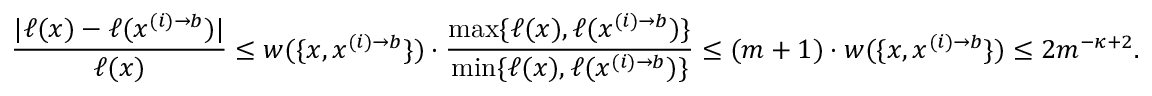
\frac { | \ell ( x ) - \ell ( x ^ { ( i ) \to b } ) | } { \ell ( x ) } \leq w ( \{ x , x ^ { ( i ) \to b } \} ) \cdot \frac { \operatorname* { m a x } \{ \ell ( x ) , \ell ( x ^ { ( i ) \to b } ) \} } { \operatorname* { m i n } \{ \ell ( x ) , \ell ( x ^ { ( i ) \to b } ) \} } \leq ( m + 1 ) \cdot w ( \{ x , x ^ { ( i ) \to b } \} ) \leq 2 m ^ { - \kappa + 2 } .